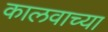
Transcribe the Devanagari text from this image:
कालवाच्या